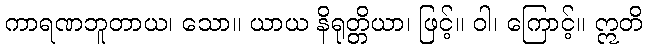
ကာရဏဘူတာယ၊ သော။ ယာယ နိရုတ္တိယာ၊ ဖြင့်။ ဝါ၊ ကြောင့်။ ဣတိ